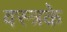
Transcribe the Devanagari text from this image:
वस्त्रके